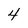
Character: 4